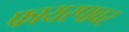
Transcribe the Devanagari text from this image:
फायरपावर